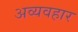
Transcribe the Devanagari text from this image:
अव्यवहार